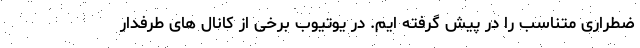
ضطراری متناسب را در پیش گرفته ایم. در یوتیوب برخی از کانال های طرفدار